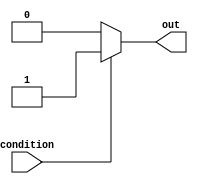
module conditional_assignment (
    input wire condition,
    output reg out
);

always @* begin
    if (condition) begin
        out <= 1; // assign specific value if condition is true
    end else begin
        out <= 0; // assign different value if condition is false
    end
end

endmodule